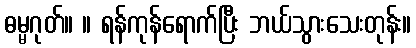
ဓမ္မဂုတ်။ ။ ရန်ကုန်ရောက်ပြီး ဘယ်သွားသေးတုန်း။